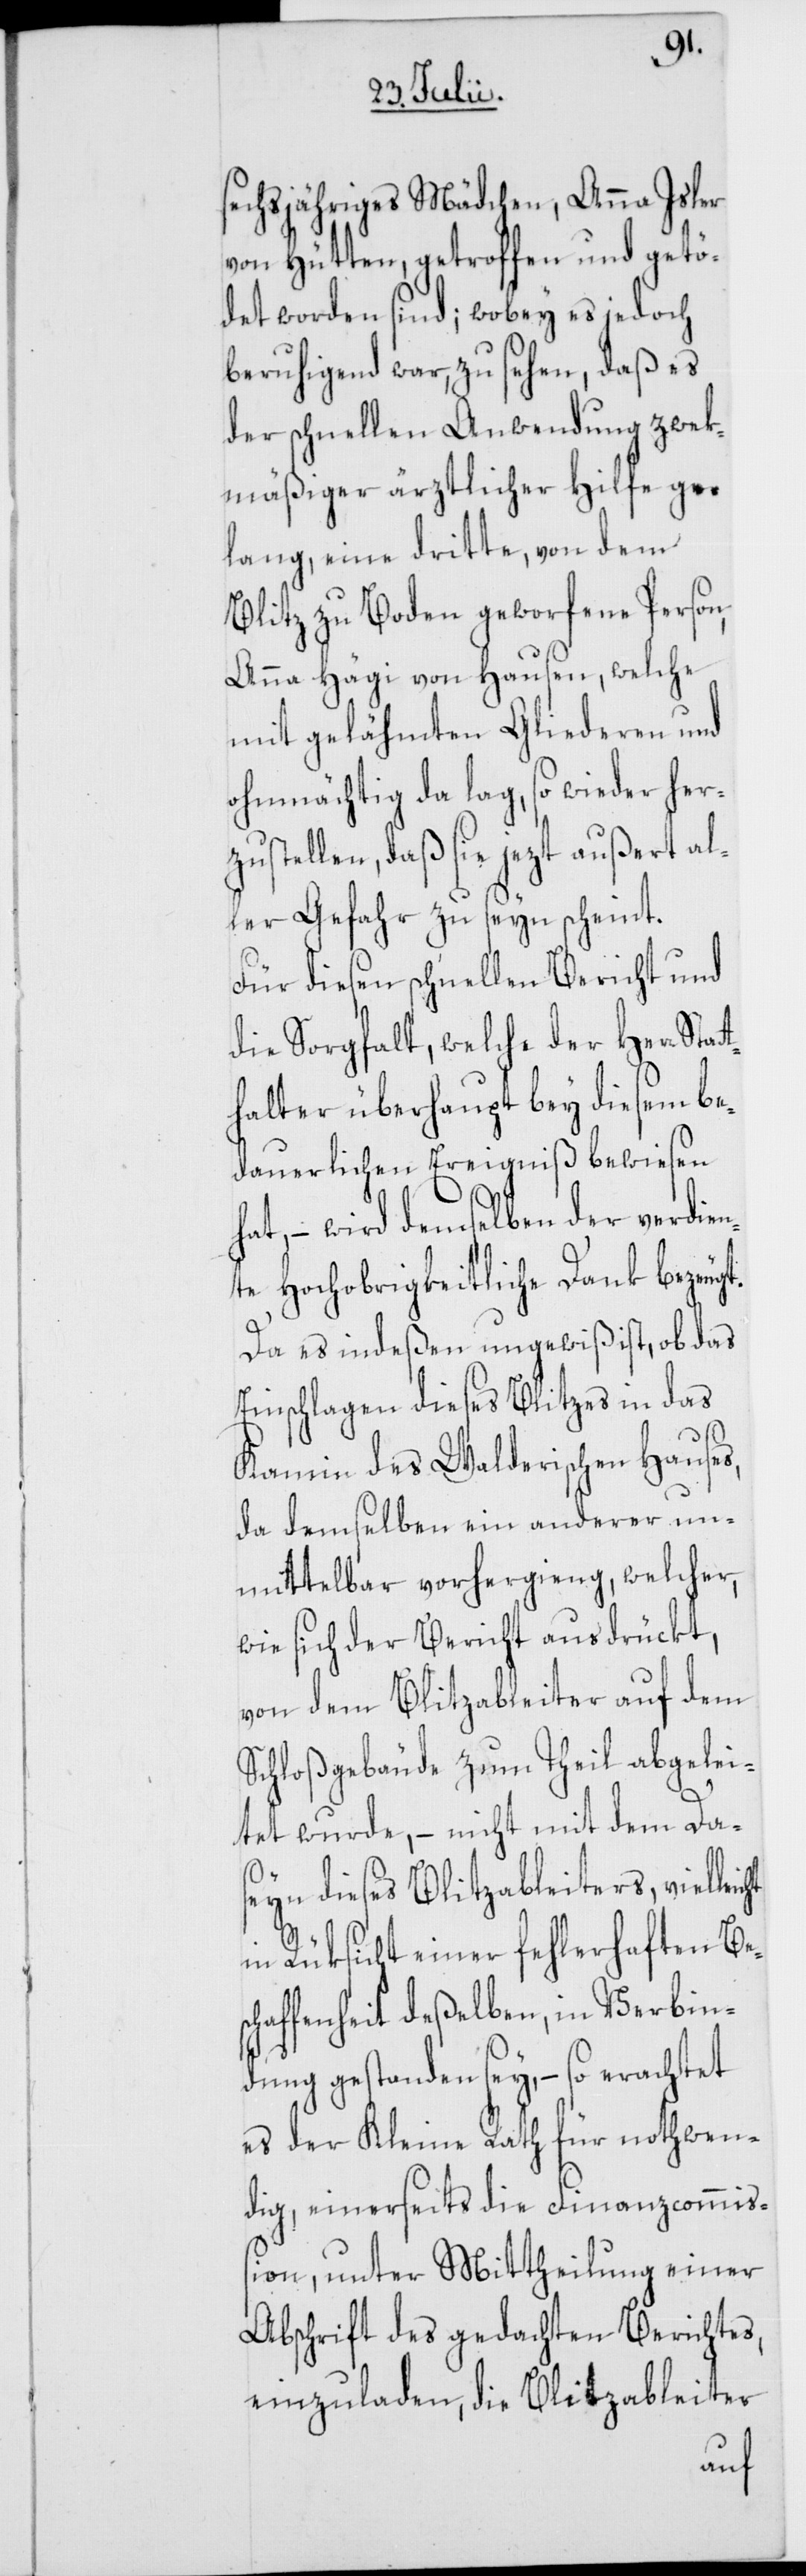
cht
echsjähriges Mädchen, Anna Isler
von Hütten, getroffen und getö¬
det worden sind; wobey es jedoch
beruhigend war, zu sehen, daß es
der schnellen Anwendung zweck¬
mäßiger ärztlicher Hilfe ge¬
lang, eine dritte, von dem
Blitz zu Boden geworfene Person,
Anna Hägi von Hausen, welche
mit gelähmten Gliederen und
ohnmächtig da lag, so wieder her¬
zustellen, daß sie jezt außert al¬
ler Gefahr zu seyn scheint.
Für diesen schnellen Bericht und
die Sorgfalt, welche der Herr Stat¬
thalter überhaupt bey diesem be¬
dauerlichen Ereigniß bewiesen
hat, – wird demselben der verdien¬
te Hochobrigkeitliche Dank bezeugt.
Da es indeßen ungewiß ist, ob das
Einschlagen dieses Blitzes in das
Kamin des Walderischen Hauses,
da demselben ein anderer un¬
mittelbar vorhergieng, welcher,
wie sich der Bericht ausdrückt,
von dem Blitzableiter auf dem
Schloßgebäude zum Theil abgelei¬
tet wurde, – nicht mit dem Da¬
seyn dieses Blitzableiters, viellei¬
in Rüksicht einer fehlerhaften Bes¬
chaffenheit deßelben, in Verbin¬
dung gestanden sey, – so erachtet
es der Kleine Rath für nothwen¬
dig, einerseits die Finanzcommiß¬
ion, unter Mittheilung einer
Abschrift des gedachten Berichtes,
einzuladen, die Blitzableiter